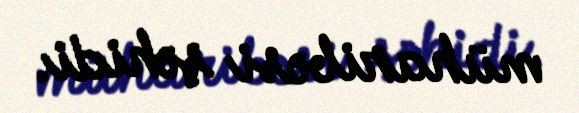
müharibəsi şəhidi.